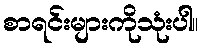
စာရင်းများကိုသုံးပါ။